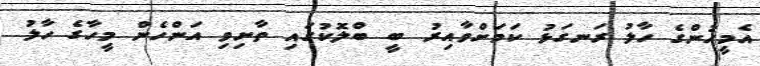
އެމީހުންގެ ހާލު ރަނގަޅު ކަމަށްވާއިރު ބީ ބްލޮކުގައި ތާށިވި އަންހެން މީހާގެ ހާލު